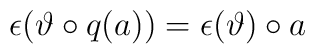
\epsilon(\vartheta\circ q(a))=\epsilon(\vartheta)\circ a